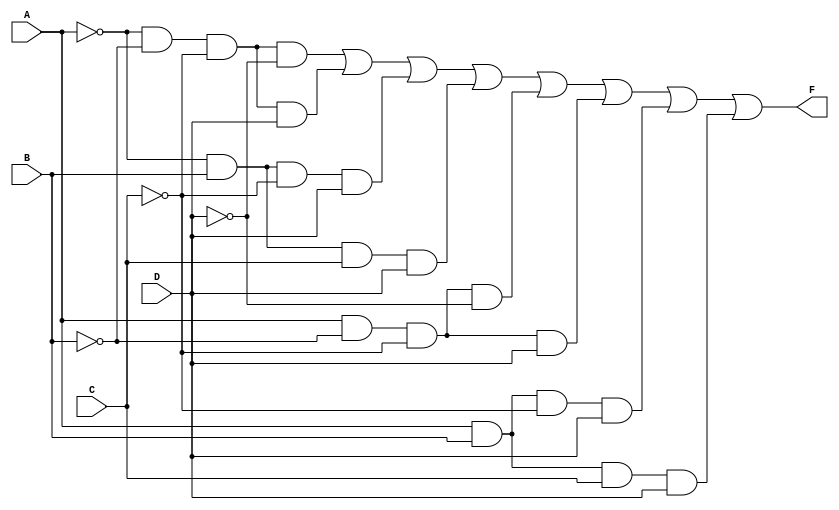
module kmap_4var (
    input wire A,  // First input variable
    input wire B,  // Second input variable
    input wire C,  // Third input variable
    input wire D,  // Fourth input variable
    output wire F  // Output of the simplified Boolean expression
);

// Internal signals for the minterm calculations
wire A_not = ~A; // NOT A
wire B_not = ~B; // NOT B
wire C_not = ~C; // NOT C
wire D_not = ~D; // NOT D

// Define the minterms based on the K-map
wire minterm0 = A_not & B_not & C_not & D_not; // 0000
wire minterm1 = A_not & B_not & C_not & D;     // 0001
wire minterm3 = A_not & B & C_not & D;         // 0011
wire minterm7 = A_not & B & C & D;             // 0111
wire minterm8 = A & B_not & C_not & D_not;     // 1000
wire minterm9 = A & B_not & C_not & D;         // 1001
wire minterm11 = A & B & C_not & D;            // 1011
wire minterm15 = A & B & C & D;                 // 1111

// Combine the minterms to form the output
assign F = minterm0 | minterm1 | minterm3 | minterm7 |
           minterm8 | minterm9 | minterm11 | minterm15;

endmodule